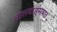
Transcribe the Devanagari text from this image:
बालवाङ्‌मयात